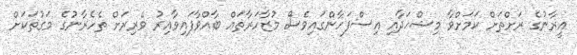
އީރާނުގެ ރަށްތަށް ކަމަށްވާ މިޝްހަދާއި އިސްފަހާންގައިވެސް މުޒާހަރާތައް ބާއްވާފައިވާއިރު ވެރިރަށް ތެހެރާނުގެ މަގުތަކަށް